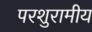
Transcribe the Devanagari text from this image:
परशुरामीय